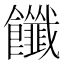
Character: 𩟶